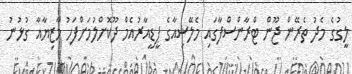
ލީގުގެ މެދު ތެރޭން ޖޫން ޓްރާންސްފާގައި މެލޭޝިއާގެ ޕީޑީއާރުއެމް ދޫކޮށްލުމަށްފަހު މާޒިޔާއާ ގުޅުނު